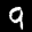
Label: 9